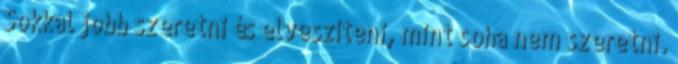
Sokkal jobb szeretni és elveszíteni, mint soha nem szeretni.